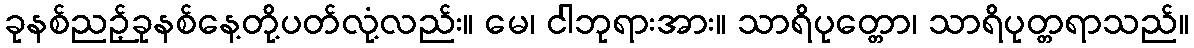
ခုနစ်ညဉ့်ခုနစ်နေ့တို့ပတ်လုံ့လည်း။ မေ၊ ငါဘုရားအား။ သာရိပုတ္တော၊ သာရိပုတ္တရာသည်။